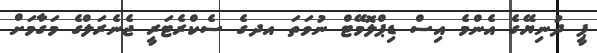
ޕީ ދުނިޔޭގެ އެންމެ އިސް ޑިޕްލޮމޭޓް ނުވަތަ އދގެ ސެކްރެޓަރީ ޖެނެރަލްގެ މަގާމަށް